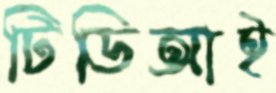
টিডিআই